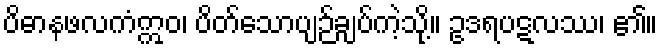
ပိဓာနဖလကံဣဝ၊ ပိတ်သောပျဉ်ချပ်ကဲ့သို့။ ဥဒရပဋလဿ၊ ၏။